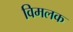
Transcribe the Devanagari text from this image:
विमलक